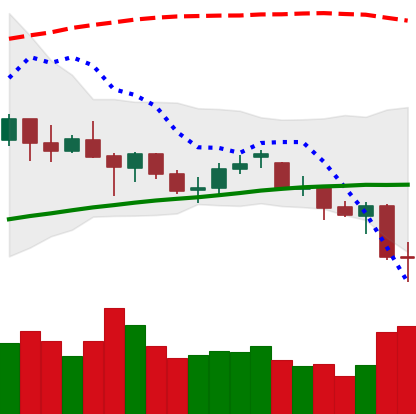
Ticker: ETH-USD
Chart end date: 2021-06-22
Forward return: 5.544%
Label: up_5_7